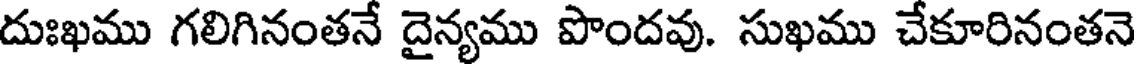
దుఃఖము గలిగినంతనే దైన్యము పొందవు. సుఖము చేకూరినంతనె